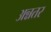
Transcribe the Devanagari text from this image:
अन्नतर